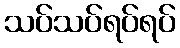
သပ်သပ်ရပ်ရပ်